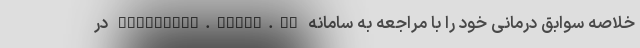
خلاصه سوابق درمانی خود را با مراجعه به سامانه eservices.tamin.ir در